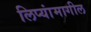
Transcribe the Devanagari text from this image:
लिप्यांमागील